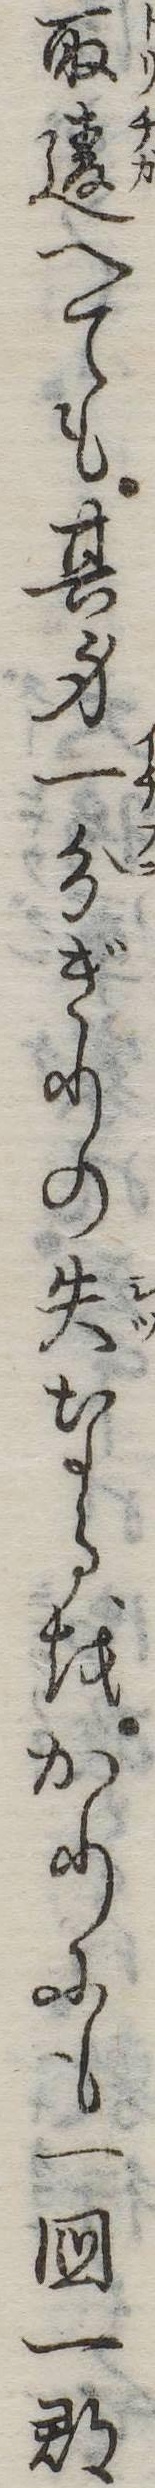
取違へても其身一分ぎりの失なるをかりにも一国一郡